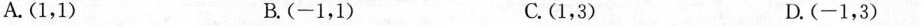
A.(1，1) B.(-1，1) C.(1，3) D.(-1，3)